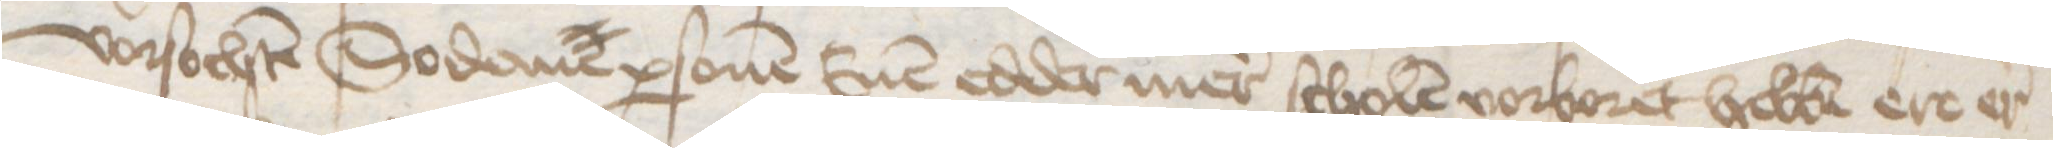
vorsochten Sodane personen Enen edder mer scholten vorboret hebben ere er